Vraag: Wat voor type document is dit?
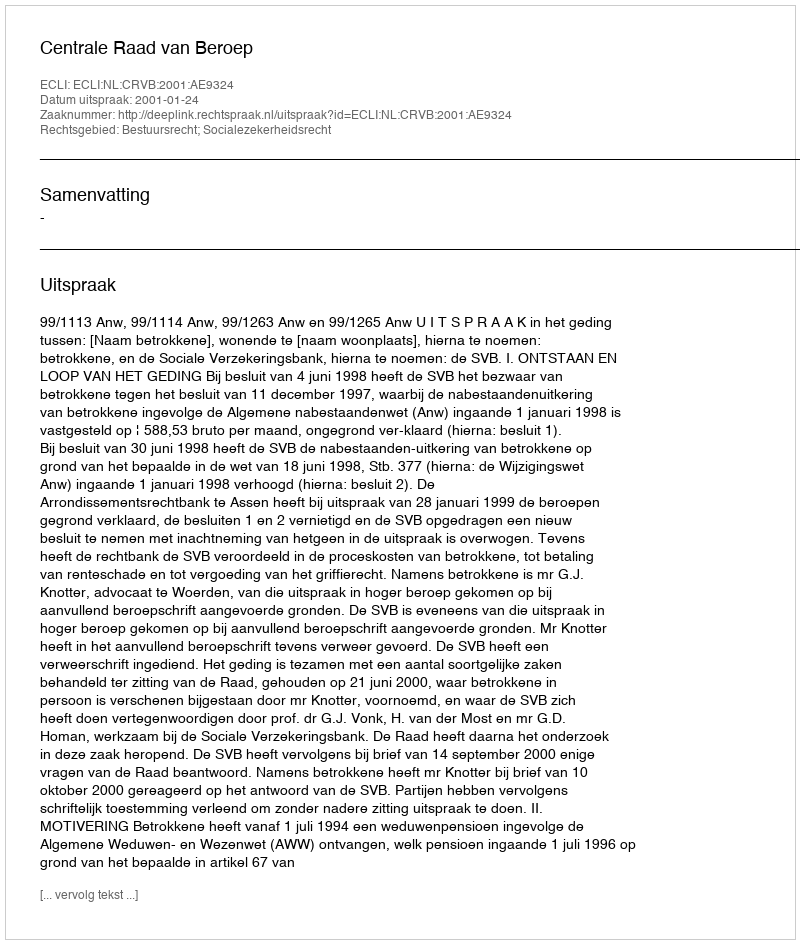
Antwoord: Uitspraak